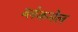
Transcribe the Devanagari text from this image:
ब्लेकमेल